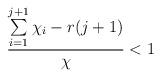
LaTeX: \begin{align*} \frac{\sum\limits_{i=1}^{j+1}\chi_i - r(j+1)}{\chi} < 1 \end{align*}